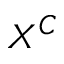
X ^ { C }